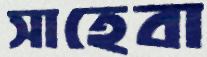
সাহেবা